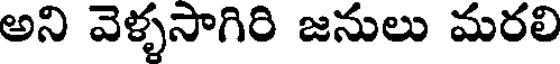
అని వెళ్ళసాగిరి జనులు మరలి